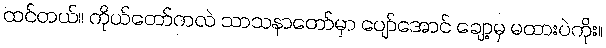
ထင်တယ်။ ကိုယ်တော်ကလဲ သာသနာတော်မှာ ပျော်အောင် ချော့မှ မထားပဲကိုး။